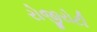
રોજીરોટી